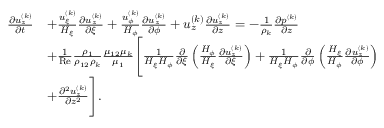
\begin{array} { r } { \begin{array} { r l } { \frac { \partial u _ { z } ^ { ( k ) } } { \partial t } } & { + \frac { u _ { \xi } ^ { ( k ) } } { H _ { \xi } } \frac { \partial u _ { z } ^ { ( k ) } } { \partial \xi } + \frac { u _ { \phi } ^ { ( k ) } } { H _ { \phi } } \frac { \partial u _ { z } ^ { ( k ) } } { \partial \phi } + u _ { z } ^ { ( k ) } \frac { \partial u _ { z } ^ { ( k ) } } { \partial z } = - \frac { 1 } { \rho _ { k } } \frac { \partial p ^ { ( k ) } } { \partial z } } \\ & { + \frac { 1 } { \mathrm { R e } } \frac { \rho _ { 1 } } { \rho _ { 1 2 } \rho _ { k } } \frac { \mu _ { 1 2 } \mu _ { k } } { \mu _ { 1 } } \Biggl [ \frac { 1 } { H _ { \xi } H _ { \phi } } \frac { \partial } { \partial \xi } \left( \frac { H _ { \phi } } { H _ { \xi } } \frac { \partial u _ { z } ^ { ( k ) } } { \partial \xi } \right) + \frac { 1 } { H _ { \xi } H _ { \phi } } \frac { \partial } { \partial \phi } \left( \frac { H _ { \xi } } { H _ { \phi } } \frac { \partial u _ { z } ^ { ( k ) } } { \partial \phi } \right) } \\ & { + \frac { \partial ^ { 2 } u _ { z } ^ { ( k ) } } { \partial z ^ { 2 } } \Biggr ] . } \end{array} } \end{array}